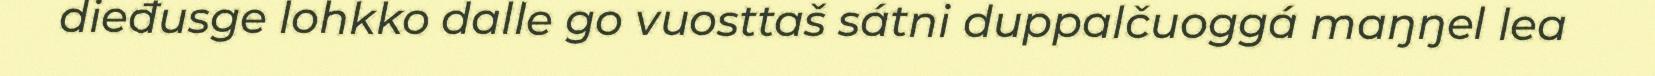
dieđusge lohkko dalle go vuosttaš sátni duppalčuoggá maŋŋel lea